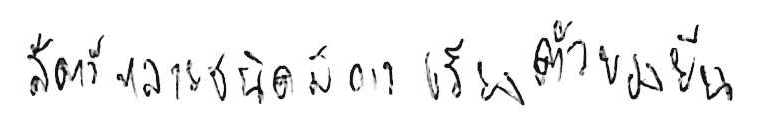
สัตว์หลายชนิดมีการเรียงตัวของยีน